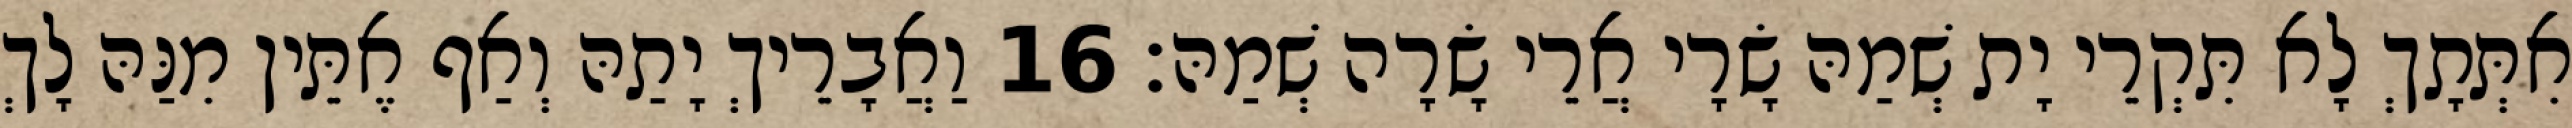
אִתְּתָךְ לָא תִּקְרֵי יָת שְׁמַהּ שָׂרָי אֲרֵי שָׂרָה שְׁמַהּ׃ 16 וַאֲבָרֵיךְ יָתַהּ וְאַף אֶתֵּין מִנַּהּ לָךְ